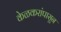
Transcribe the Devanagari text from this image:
केळकरांपासून